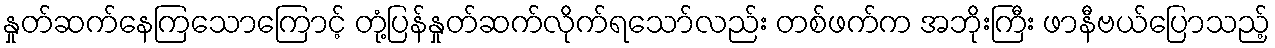
နှုတ်ဆက်နေကြသောကြောင့် တုံ့ပြန်နှုတ်ဆက်လိုက်ရသော်လည်း တစ်ဖက်က အဘိုးကြီး ဖာနီဗယ်ပြောသည့်